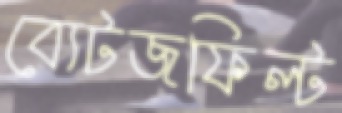
ব্যেটজফিল্ট